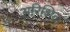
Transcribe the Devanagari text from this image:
अरिशिल